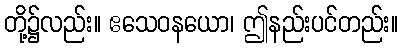
တို့၌လည်း။ ဧသေဝနယော၊ ဤနည်းပင်တည်း။